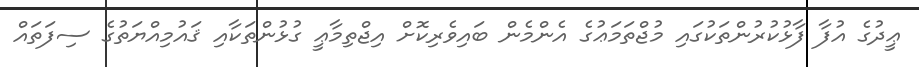
ޢީދުގެ އުފާ ފާޅުކުރުންތަކުގައި މުޖްތަމަޢުގެ އެންމެން ބައިވެރިކޮށް އިޖްތިމާޢީ ގުޅުންތަކާއި ޤައުމިއްޔަތުގެ ސިފަތައް